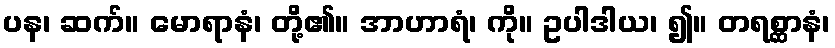
ပန၊ ဆက်။ မောရာနံ၊ တို့၏။ အာဟာရံ၊ ကို။ ဥပါဒါယ၊ ၍။ တရစ္ဆာနံ၊